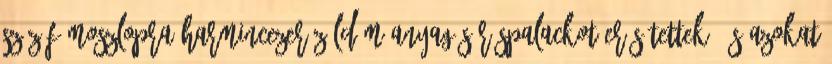
száz fémoszlopra harmincezer zöld műanyag söröspalackot erősítettek, és azokat